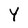
Character: Y